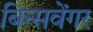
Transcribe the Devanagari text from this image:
बिन्सवेंगर